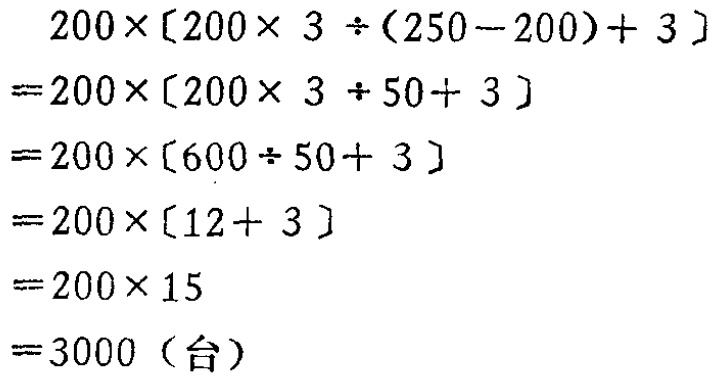
\[
\begin{align*}
&200\times[200\times 3\div(250 - 200)+ 3]\\
=&200\times[200\times 3\div 50+ 3]\\
=&200\times[600\div 50+ 3]\\
=&200\times[12 + 3]\\
=&200\times 15\\
=&3000 \text{（台）}
\end{align*}
\]